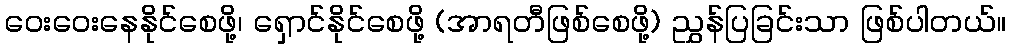
ဝေးဝေးနေနိုင်စေဖို့၊ ရှောင်နိုင်စေဖို့ (အာရတီဖြစ်စေဖို့) ညွှန်ပြခြင်းသာ ဖြစ်ပါတယ်။